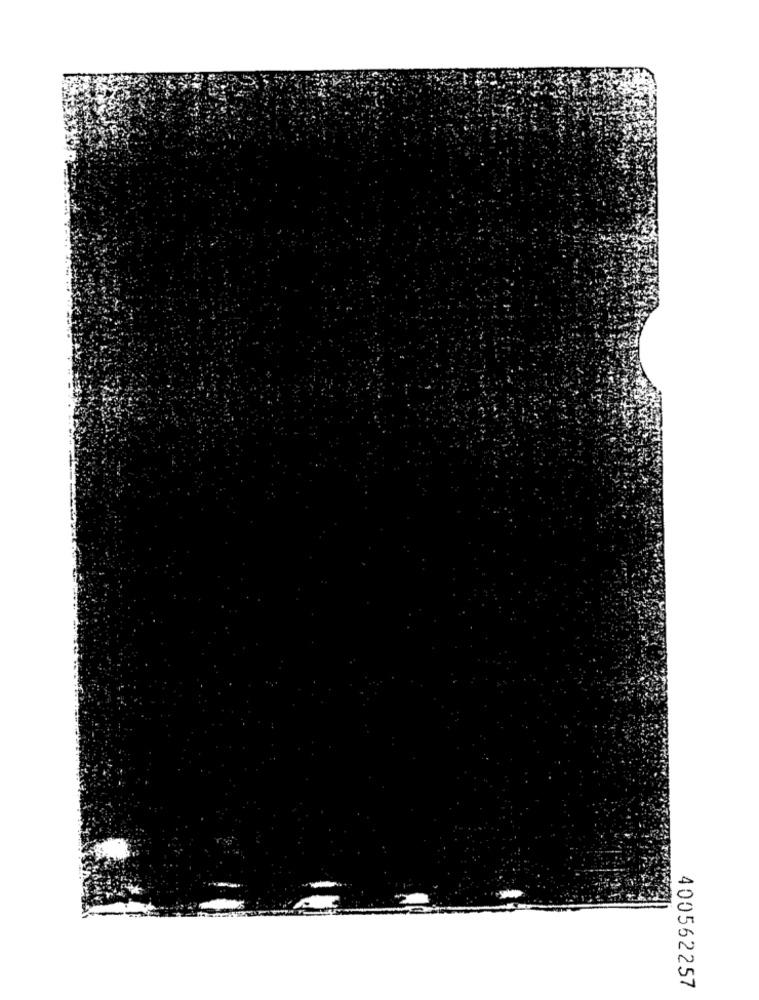
400562257